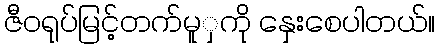
ဇီဝရုပ်မြင့်တက်မူှကို နှေးစေပါတယ်။